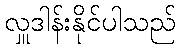
လှူဒါန်းနိုင်ပါသည်